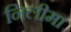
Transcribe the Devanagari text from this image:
निलीमा